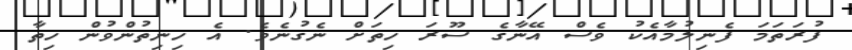
ފުރަތަމަ ފެނިލުމާއެކު ވެސް އޭނާގެ ސޫރަ ހިތަށް ނެގުނެވެ. އެ ހިނިތުންވުން ހިތާ